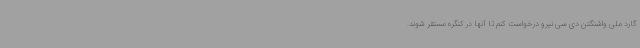
گارد ملی واشنگتن دی سی نیرو درخواست کنم تا آنها در کنگره مستقر شوند.